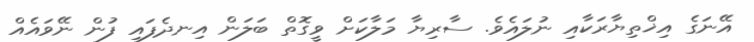
އޭނަގެ އިޚްތިޔާރަކާއި ނުލައެވެ. ސާރިޔާ މަލާކަށް ވީގޮތް ބަލަން އިނދެފައި ފުން ނޭވައެއް